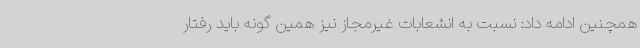
همچنین ادامه داد: نسبت به انشعابات غیرمجاز نیز همین گونه باید رفتار